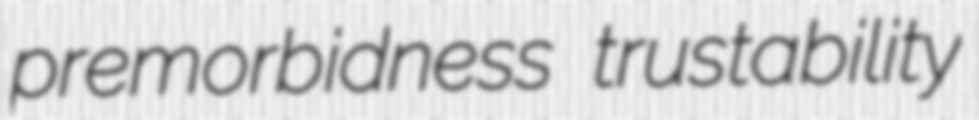
premorbidness trustability